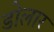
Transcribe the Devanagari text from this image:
डोलार